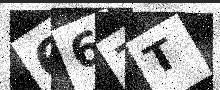
Text: 667T